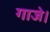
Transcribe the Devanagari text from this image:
गाजे।